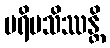
ပရိမသိဿန္တိ